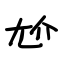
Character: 尬